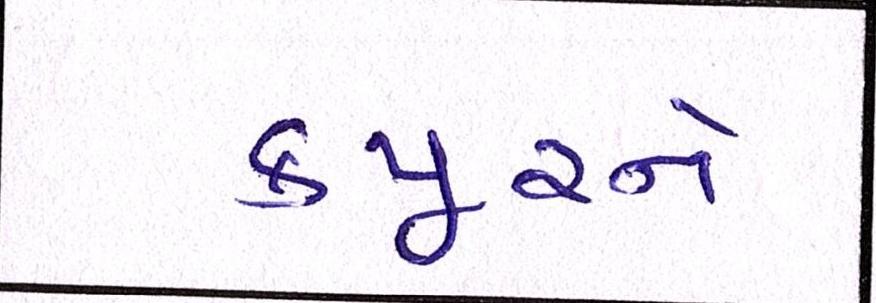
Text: કપૂરને